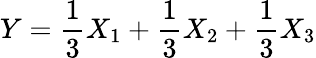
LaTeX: Y=\frac{1}{3}X_{1}+\frac{1}{3}X_{2}+\frac{1}{3}X_{3}